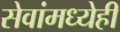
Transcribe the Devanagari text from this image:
सेवांमध्येही